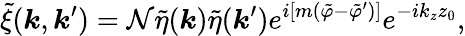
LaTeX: \tilde{\xi}(\boldsymbol{k},\boldsymbol{k}^{\prime})=\mathcal{N}\tilde{\eta}(\boldsymbol{k})\tilde{\eta}(\boldsymbol{k}^{\prime})e^{i[m(\tilde{\varphi}-\tilde{\varphi}^{\prime})]}e^{-ik_{z}z_{0}},